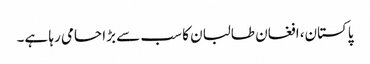
پاکستان، افغان طالبان کا سب سے بڑا حامی رہا ہے۔